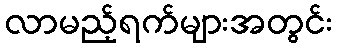
လာမည့်ရက်များအတွင်း